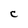
Character: C